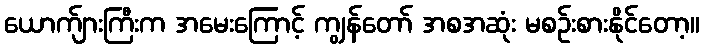
ယောက်ျားကြီးက အမေးကြောင့် ကျွန်တော် အစအဆုံး မစဉ်းစားနိုင်တော့။